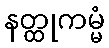
နတ္ထုကမ္မံ